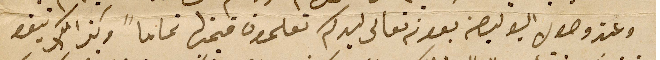
وعند وصول البوليصة بعونه تعالى ليدكم تعلمون قيمتها تماماً وكذالك تبقو